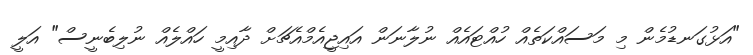
"އަޅުގަނޑުމެން މި މަސައްކަތެއް ހުއްޓައެއް ނުލާނަން އައިޖީއެމްއެޗަށް ދާއިމީ ހައްލެއް ނުލިބެނީސް" އަލީ